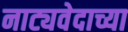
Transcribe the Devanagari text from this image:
नाट्यवेदाच्या